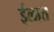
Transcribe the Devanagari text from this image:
ईलात